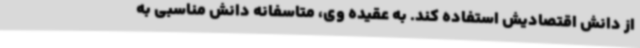
از دانش اقتصادیش استفاده کند. به عقیده وی، متاسفانه دانش مناسبی به